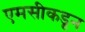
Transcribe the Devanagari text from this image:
एमसीकडून